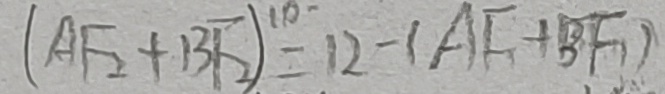
( A F _ { 2 } + B F _ { 2 } ) ^ { 1 0 } = 1 2 - ( A E + B F )